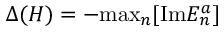
\Delta ( H ) = - \mathrm { m a x } _ { n } [ \mathrm { I m } E _ { n } ^ { a } ]